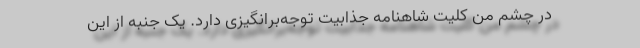
در چشم من کلیّت شاهنامه جذابیت توجه‌برانگیزی دارد. یک جنبه از این